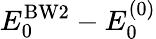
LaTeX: E_{0}^{\mathrm{BW}2}-E_{0}^{(0)}